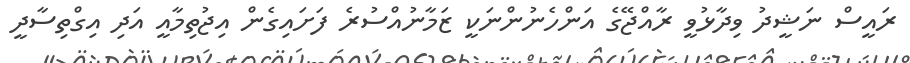
ރައީސް ނަޝީދު ވިދާޅުވީ ރާއްޖޭގެ އަންހެނުންނަކީ ޒަމާނުއްސުރެ ފަށައިގެން އިޖުތިމާއީ އަދި އިގްތިސާދީ